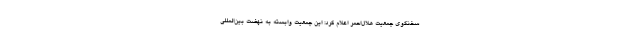
سخنگوی جمعیت هلال‌احمر اعلام کرد: این جمعیت وابسته به نهضت بین‌المللی